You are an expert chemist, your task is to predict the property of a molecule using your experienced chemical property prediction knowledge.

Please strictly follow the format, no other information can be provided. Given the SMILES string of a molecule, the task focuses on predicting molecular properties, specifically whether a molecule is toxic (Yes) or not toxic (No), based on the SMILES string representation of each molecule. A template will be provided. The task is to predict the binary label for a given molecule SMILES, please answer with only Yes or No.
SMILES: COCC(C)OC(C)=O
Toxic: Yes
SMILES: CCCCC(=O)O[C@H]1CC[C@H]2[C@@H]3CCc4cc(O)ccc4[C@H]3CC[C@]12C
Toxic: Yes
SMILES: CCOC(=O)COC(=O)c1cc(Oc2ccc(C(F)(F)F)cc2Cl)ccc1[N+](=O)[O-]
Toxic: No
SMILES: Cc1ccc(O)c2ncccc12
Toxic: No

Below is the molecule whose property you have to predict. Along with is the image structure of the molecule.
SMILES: COC(=O)c1ccccc1O
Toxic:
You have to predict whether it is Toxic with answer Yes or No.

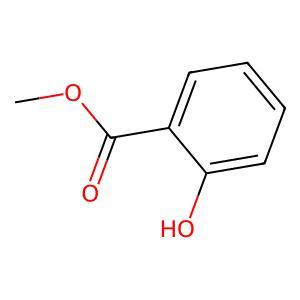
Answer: No